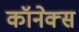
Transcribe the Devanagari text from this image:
कॉनेक्स